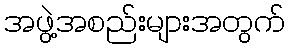
အဖွဲ့အစည်းများအတွက်